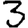
Digit: 3